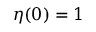
\eta ( 0 ) = 1